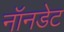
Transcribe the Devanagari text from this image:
नॉनडेट